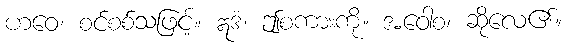
ဟဝေ၊ စင်စစ်သဖြင့်။ ဣဒံ၊ ဤစကားကို။ အဝေါစ၊ ဆိုလေ၏။